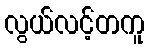
လွယ်လင့်တကူ